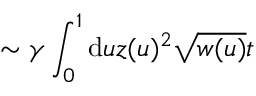
\sim \gamma \int _ { 0 } ^ { 1 } \mathrm { d } u z ( u ) ^ { 2 } \sqrt { w ( u ) } t